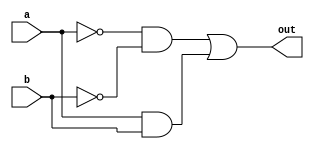
module top_module( 
    input a, 
    input b, 
    output out );
    wire x, y;
    and(x, ~a, ~b);
    and(y, a, b);
    or(out, x, y);
endmodule